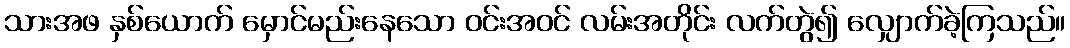
သားအဖ နှစ်ယောက် မှောင်မည်းနေသော ဝင်းအဝင် လမ်းအတိုင်း လက်တွဲ၍ လျှောက်ခဲ့ကြသည်။